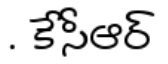
. కేసీఆర్